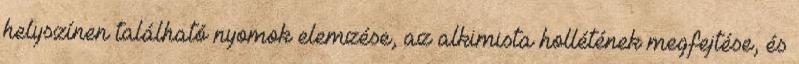
helyszínen található nyomok elemzése, az alkimista hollétének megfejtése, és